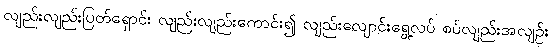
လျည်းလျည်းပြတ်ရှောင်း လျည်းလျည်းကောင်း၍ လျည်းလျောင်းရွေ့လပ် စပ်လျည်းအလျဉ်း